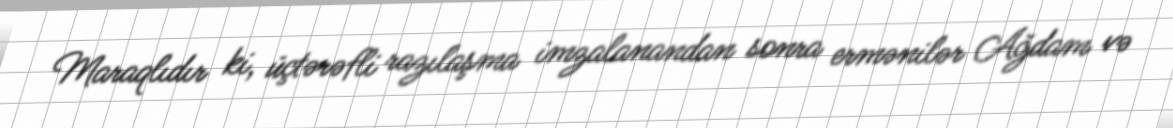
Maraqlıdır ki, üçtərəfli razılaşma imzalanandan sonra ermənilər Ağdam və